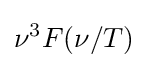
\nu ^{3}F(\nu /T)